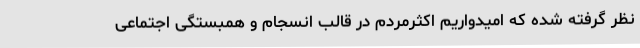
نظر گرفته شده که امیدواریم اکثرمردم در قالب انسجام و همبستگی اجتماعی